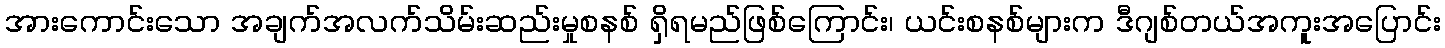
အားကောင်းသော အချက်အလက်သိမ်းဆည်းမှုစနစ် ရှိရမည်ဖြစ်ကြောင်း၊ ယင်းစနစ်များက ဒီဂျစ်တယ်အကူးအပြောင်း